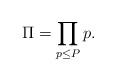
LaTeX: \begin{align*}\Pi = \prod_{p\leq P}p.\end{align*}